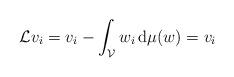
LaTeX: \begin{align*}\mathcal{L}v_i= v_i - \int_{\mathcal{V}}w_i\, {\rm d}\mu(w)=v_i\end{align*}